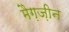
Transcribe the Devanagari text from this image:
मैग़ज़ीन